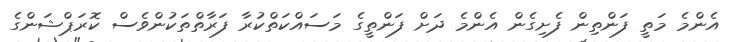
އެންމެ މަތީ ފަންތިން ފެށިގެން އެންމެ ދަށް ފަންތީގެ މަސައްކަތްކުރާ ފަރާތްތަކުންވެސް ކޮރަޕްޝަންގެ